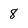
Character: 8